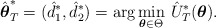
\begin{align*} \hat{\boldsymbol{\theta}}^{*}_{T}= (\hat{d}^{*}_{1}, \hat{d}^{*}_{2})= \mbox{arg} \min_{\boldsymbol{\theta} \in \Theta} \, \hat{U}_{T}^{*}(\boldsymbol{\theta}).\end{align*}